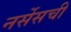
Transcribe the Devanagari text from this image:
नर्सेसची